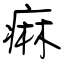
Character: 痳